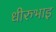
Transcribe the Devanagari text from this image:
धीरुभाइ